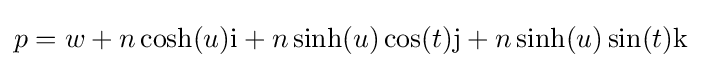
p=w+n\cosh(u)\mathrm {i} +n\sinh(u)\cos(t)\mathrm {j} +n\sinh(u)\sin(t)\mathrm {k}